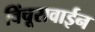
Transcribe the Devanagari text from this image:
विंचूरावाईन